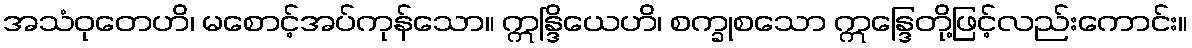
အသံဝုတေဟိ၊ မစောင့်အပ်ကုန်သော။ ဣန္ဒြိယေဟိ၊ စက္ခုစသော ဣန္ဒြေတို့ဖြင့်လည်းကောင်း။